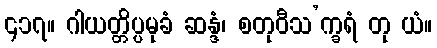
၄၁၇။ ဂါယတ္တိပ္ပမုခံ ဆန္ဒံ၊ စတုဝီသ’က္ခရံ တု ယံ။